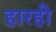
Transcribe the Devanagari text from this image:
हारही